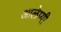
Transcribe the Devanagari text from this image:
आलेप्पी